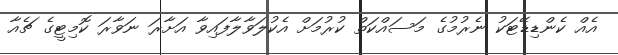
އެއް ކެންޑިޑޭޓަކު ނެރުމުގެ މަސައްކަތް ކުރުމަށް އެކުލަވާލާފައިވާ އަށާރަ ނަވާރަ ކޮމިޓީގެ ޗެއާ